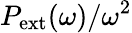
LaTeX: P_{\mathrm{ext}}(\omega)/\omega^{2}